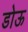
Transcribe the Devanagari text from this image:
डोऊ